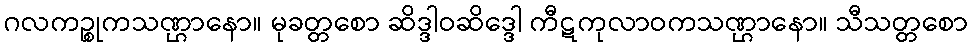
ဂလကဉ္စုကသဏ္ဌာနော။ မုခတ္တစော ဆိဒ္ဒါဝဆိဒ္ဒေါ ကီဋကုလာဝကသဏ္ဌာနော။ သီသတ္တစော